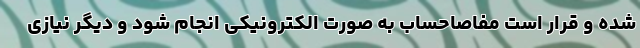
شده و قرار است مفاصاحساب به صورت الکترونیکی انجام شود و دیگر نیازی